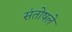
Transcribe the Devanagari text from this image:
संतोषले